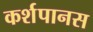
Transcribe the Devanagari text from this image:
कर्शपानस